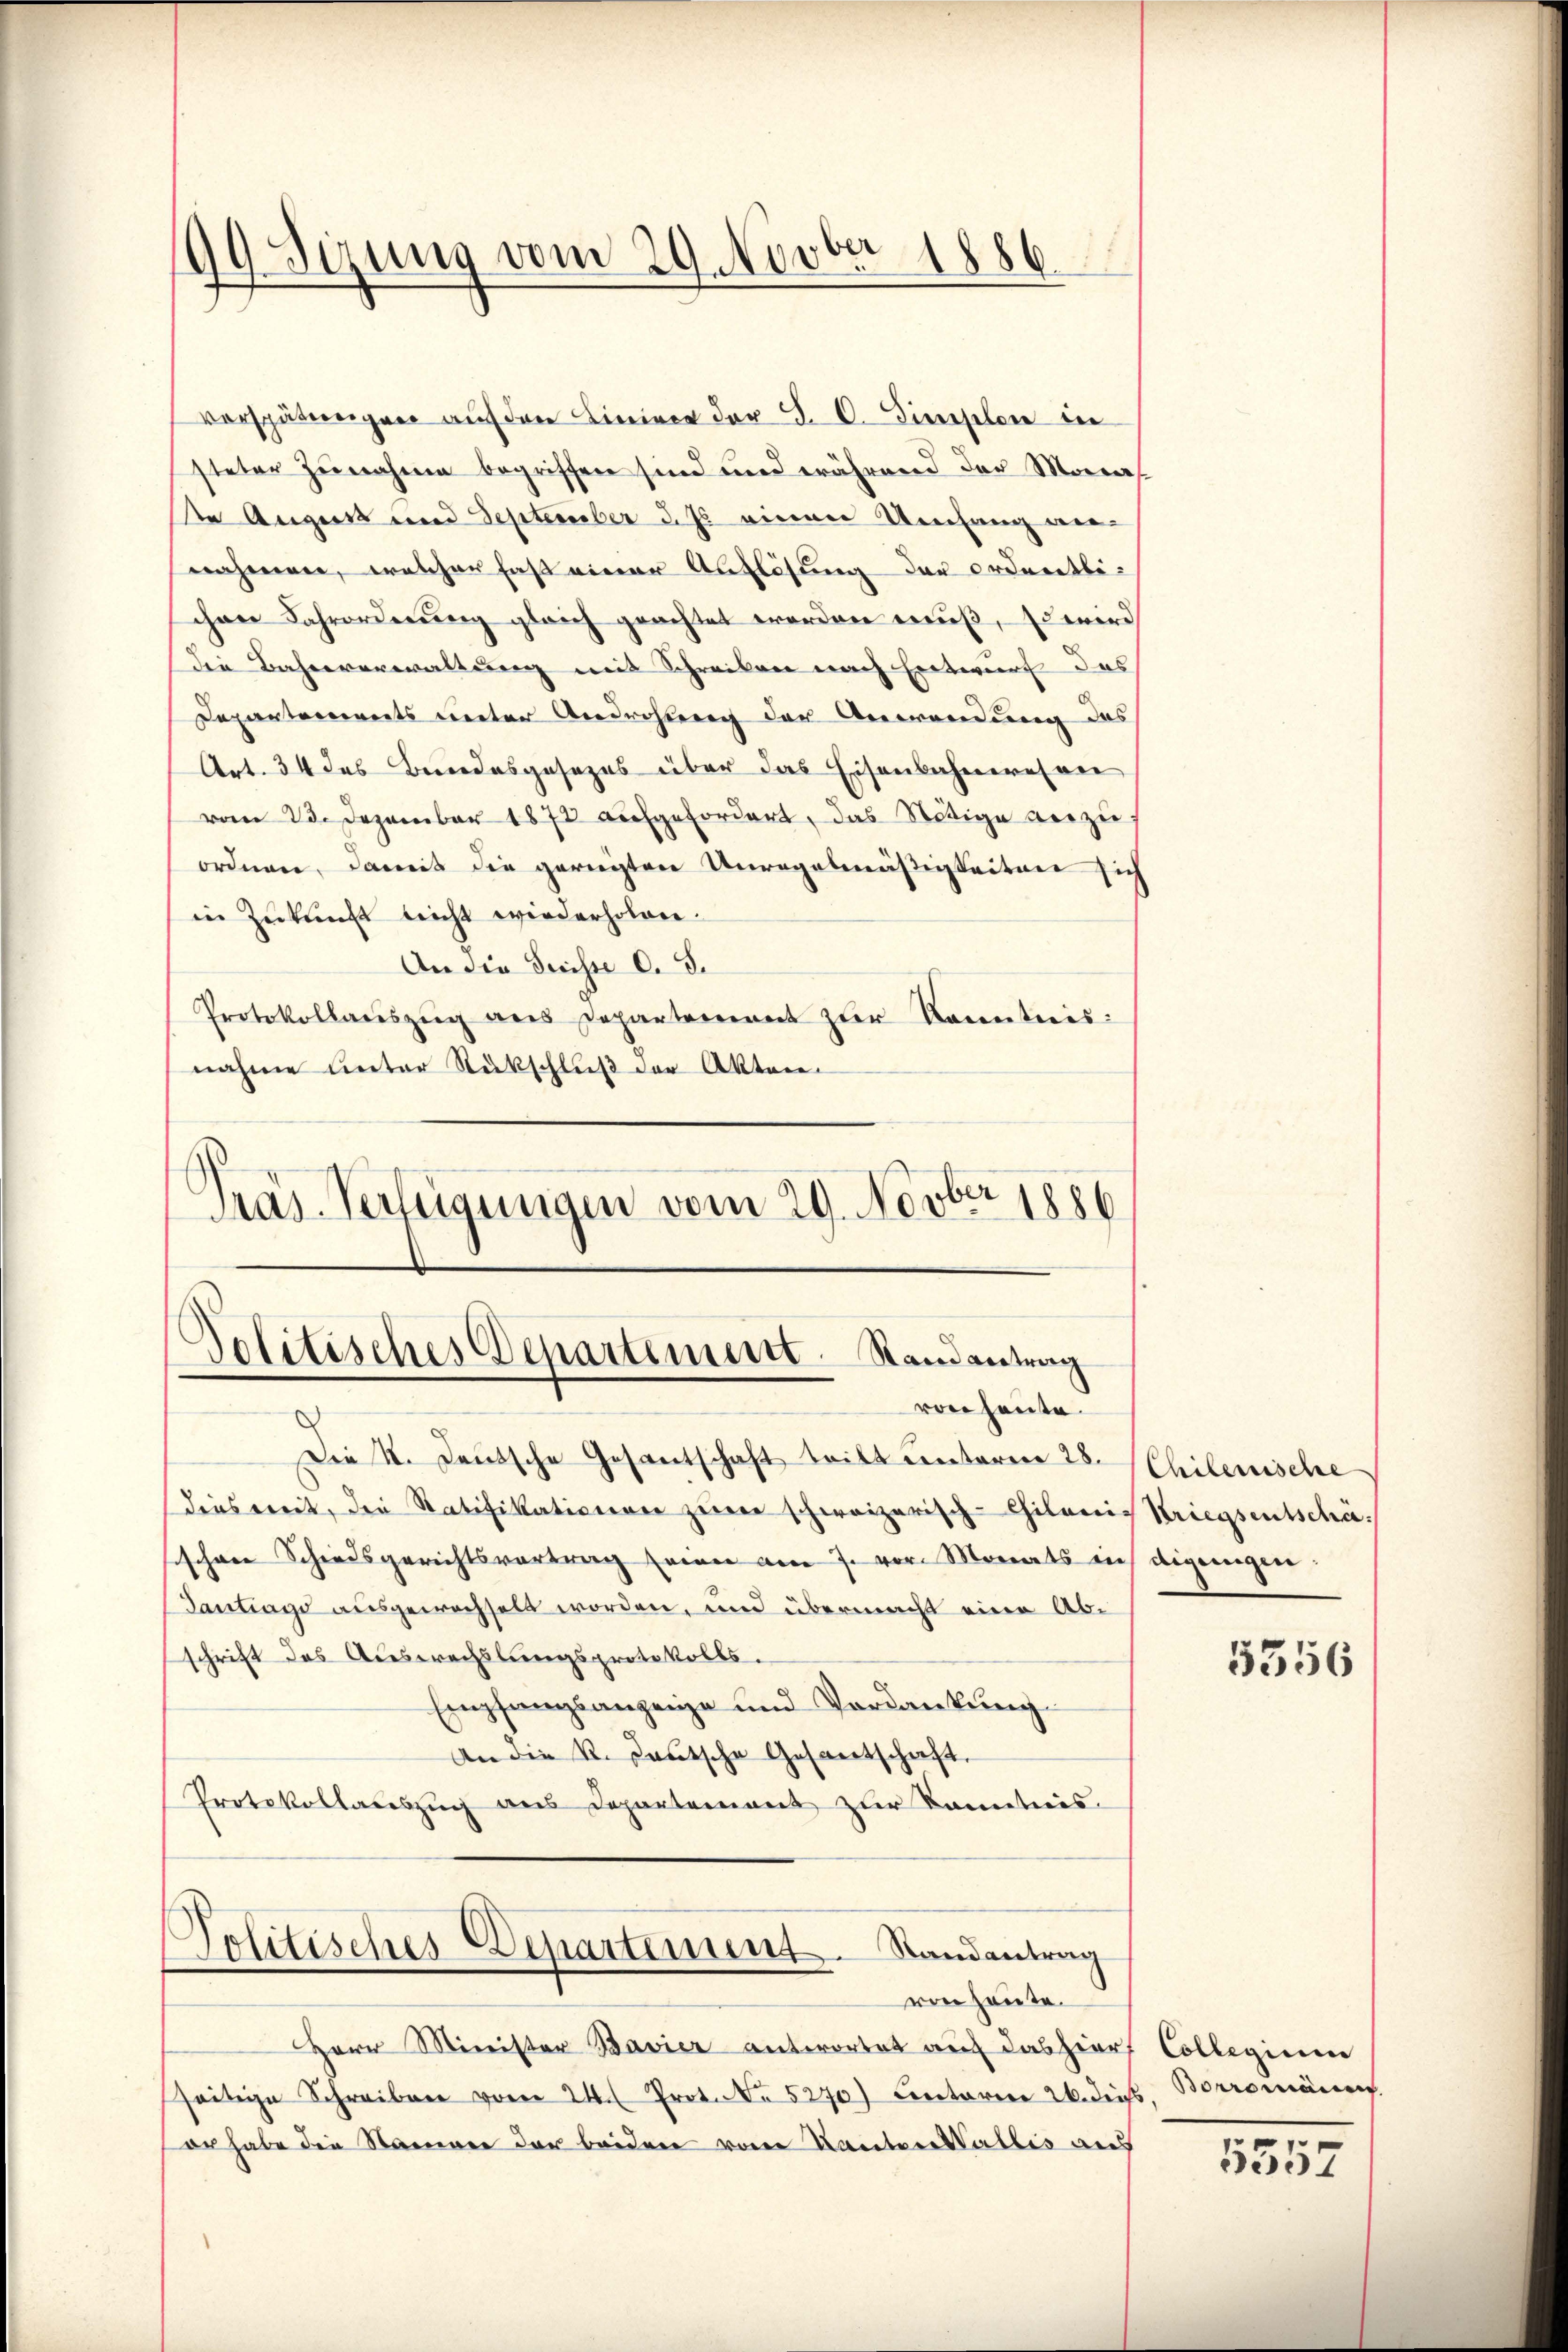
99 Sizung vom 29. Novber 1886.

verspäternigen auf den Liniere der J. C. Simplon in
steter Zunahme begriffen sind und während der Mona
Se August und September d. Js. einen Umfang vernahmen, welcher fast einer Auflösung der ordnetlichen Fahrordnŭng gleich geachtet worden muß, so wird
die Bahnverwaltung mit Schreiben nach Entwurf das
Departements unter Androhung der Anwendung des
Art. 34 des Bundesgesezes über das Eisenbahneresen
vom 23. Dezember 1873 aufgefordert, das Nötige anzuordnen, damit die geringten Unregelmäßigkeiten sich
in Zukunft leicht wiederholen.
An die Suisse C. S.
Protokollaŭszŭg ans Departement zŭr Kenntnis:
nahme unter Rückschluß der Akten.
Pras Verfügungen vom 29. Novber 1886

Politisches Departement Randantrag
von heute.

Die K. Deutsche Gesantschaft teilt unterm 28. Schilenische
Dies weit, die Ratifikationion zum schweizerisch-Cilonis Kriegsentschäschnee Schiedsgerichtsvortrag seiner am 7. vor. Monats auch digungen
Gantrage ausgewachselt worden, und übermacht eine Abschrift des Auswechslungsprotokolls.
Empfangsanzeige und Verdankung
An die K. Teutsche Gesantschaft.
Protokollauszug aus Departement zur Kenntnis-

Politisches Departement. Randantrag
von heute.

Herr Minister Bavier antwortet auch das hier Collegium
seitige Schreiben vom 24. Prot. 5270) Certoren 26. dies. Borromänen.
or habe die Namen der beiden vom Kantonallis aus

5356

.

3557